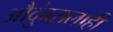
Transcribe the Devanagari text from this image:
औदुंबरालाही